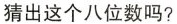
猜出这个八位数吗?